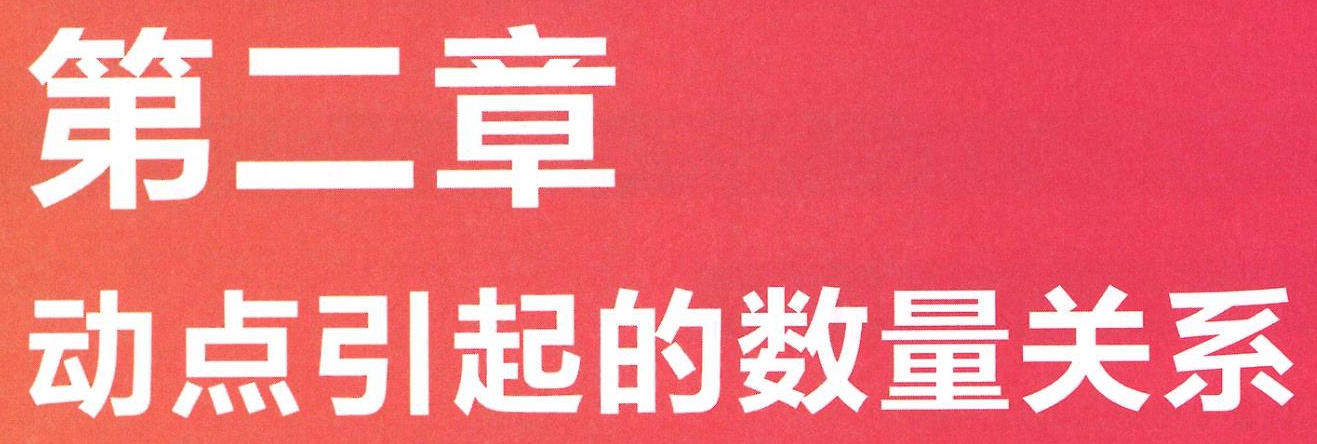
第二章

动点引起的数量关系